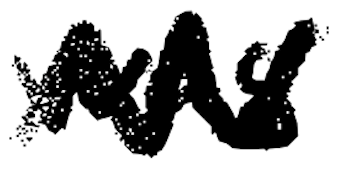
Text: was
Cross-out: zig-zag
Writing tool: digital_black